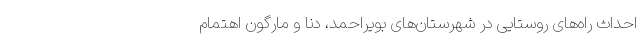
احداث راه‌های روستایی در شهرستان‌های بویراحمد، دنا و مارگون اهتمام